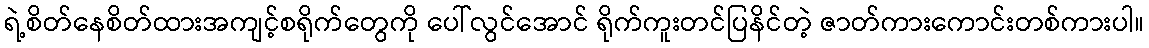
ရဲ့စိတ်နေစိတ်ထားအကျင့်စရိုက်တွေကို ပေါ်လွင်အောင် ရိုက်ကူးတင်ပြနိင်တဲ့ ဇာတ်ကားကောင်းတစ်ကားပါ။